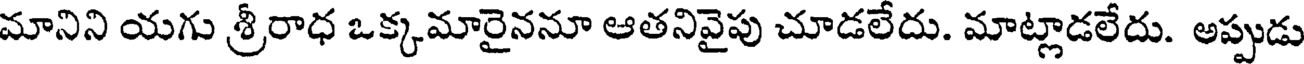
మానిని యగు శ్రీరాధ ఒక్కమారైననూ ఆతనివైపు చూడలేదు. మాట్లాడలేదు. అప్పుడు